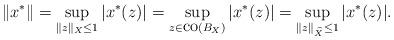
LaTeX: \begin{align*}\|x^*\|=\sup_{\|z\|_X\leq 1}|x^*(z)|=\sup_{z\in \mbox{co}(B_X)}|x^*(z)|=\sup_{\|z\|_{\widehat{X}}\leq 1}|x^*(z)|.\end{align*}